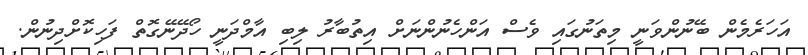
އަހަރެމެން ބޭނުންވަނީ މިތަނުގައި ވެސް އަންހެނުންނަށް އިތުބާރު ލިބި އާމްދަނީ ހޯދޭނޭގޮތް ފަހިކޮށްދިނުން.